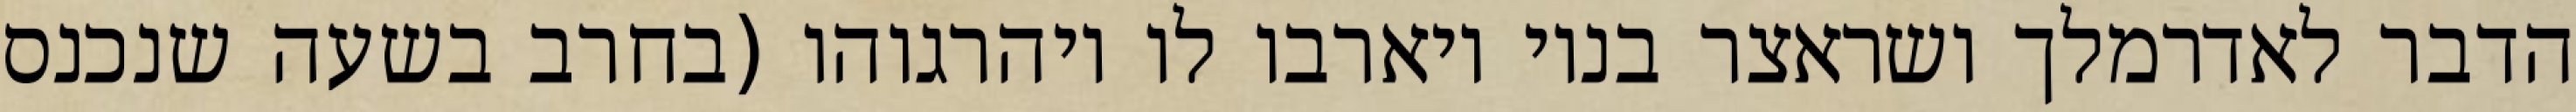
הדבר לאדרמלך ושראצר בניו ויארבו לו ויהרגוהו (בחרב בשעה שנכנס